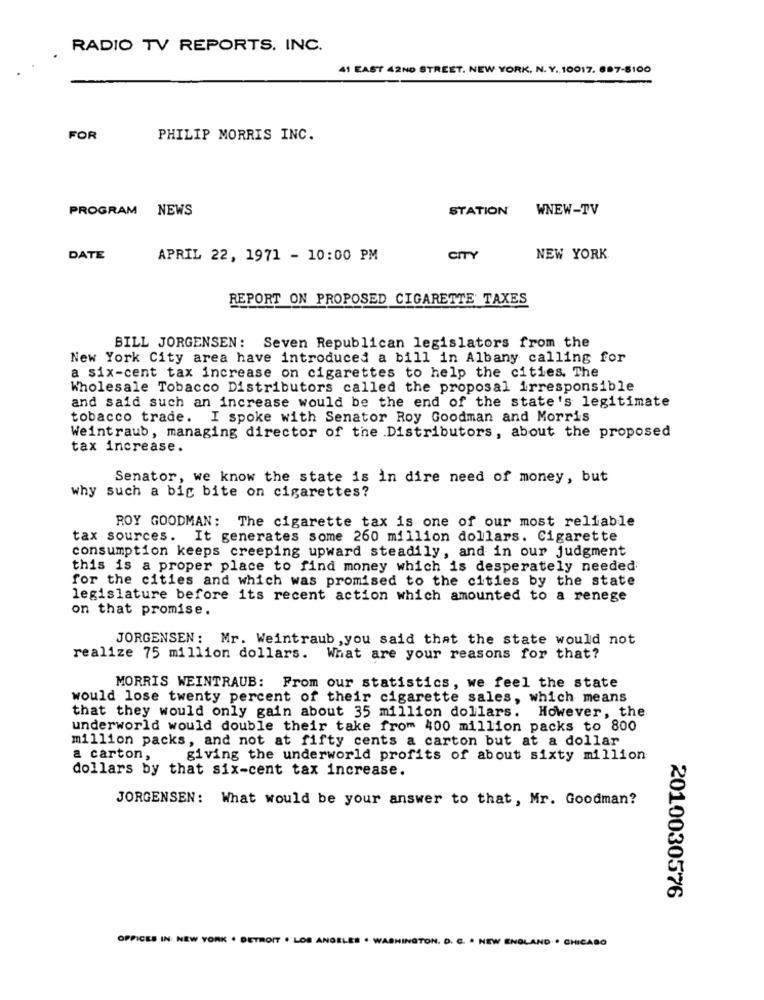
RADIO TV REPORTS. INC.
41 EAST 42ND STREET. NEW YORK, N. Y. 10017. 007-5100
FOR
PHILIP MORRIS INC.
PROGRAM NEWS
STATION
WNEW-TV
DATE
APRIL 22, 1971 - 10:00 PM
CITY
NEW YORK
REPORT ON PROPOSED CIGARETTE TAXES
BILL JORGENSEN: Seven Republican legislators from the
New York City area have introduced a bill in Albany calling for
a six-cent tax increase on cigarettes to help the cities. The
Wholesale Tobacco Distributors called the proposal irresponsible
and said such an increase would be the end of the state's legitimate
tobacco trade. I spoke with Senator Roy Goodman and Morris
Weintraub, managing director of the Distributors, about the proposed
tax increase.
Senator, we know the state is in dire need of money, but
why such a big bite on cigarettes?
ROY GOODMAN: The cigarette tax is one of our most reliable
tax sources.
It generates some 260 million dollars. Cigarette
consumption keeps creeping upward steadily, and in our judgment
this is a proper place to find money which is desperately needed
for the cities and which was promised to the cities by the state
legislature before its recent action which amounted to a renege
on that promise.
JORGENSEN: Mr. Weintraub , you said that the state would not
realize 75 million dollars. What are your reasons for that?
MORRIS WEINTRAUB: From our statistics, we feel the state
would lose twenty percent of their cigarette sales, which means
that they would only gain about 35 million dollars. However, the
underworld would double their take from 400 million packs to 800
million packs, and not at fifty cents a carton but at a dollar
a carton,
giving the underworld profits of about sixty million
dollars by that six-cent tax increase.
JORGENSEN: What would be your answer to that, Mr. Goodman?
2010030576
OFFICES IN NEW YORK . DETROIT . LOS ANGELES . WASHINGTON, D. C. . NEW ENGLAND. . CHICAGO